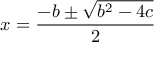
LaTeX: x = { \frac { - b \pm { \sqrt { b ^ { 2 } - 4 c } } } { 2 } }